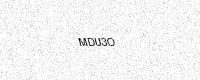
Text: MDU3O